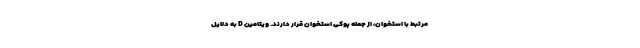
مرتبط با استخوان، از جمله پوکی استخوان قرار دارند. ویتامین D به دلایل